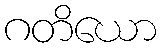
ဂတိယော